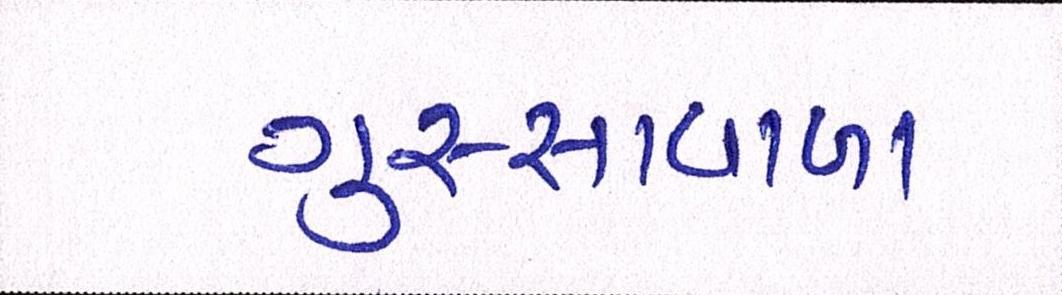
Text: ગુસ્સાવાળા